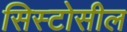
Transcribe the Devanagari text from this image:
सिस्टोसील